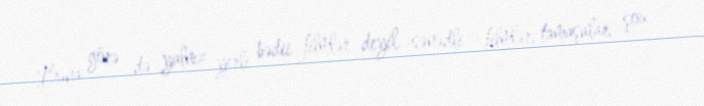
Buna görə də yalnız yerli bədii filmlər deyil, sənədli filmlər, tamaşalar, şou